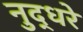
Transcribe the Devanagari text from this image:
नुद्धरे